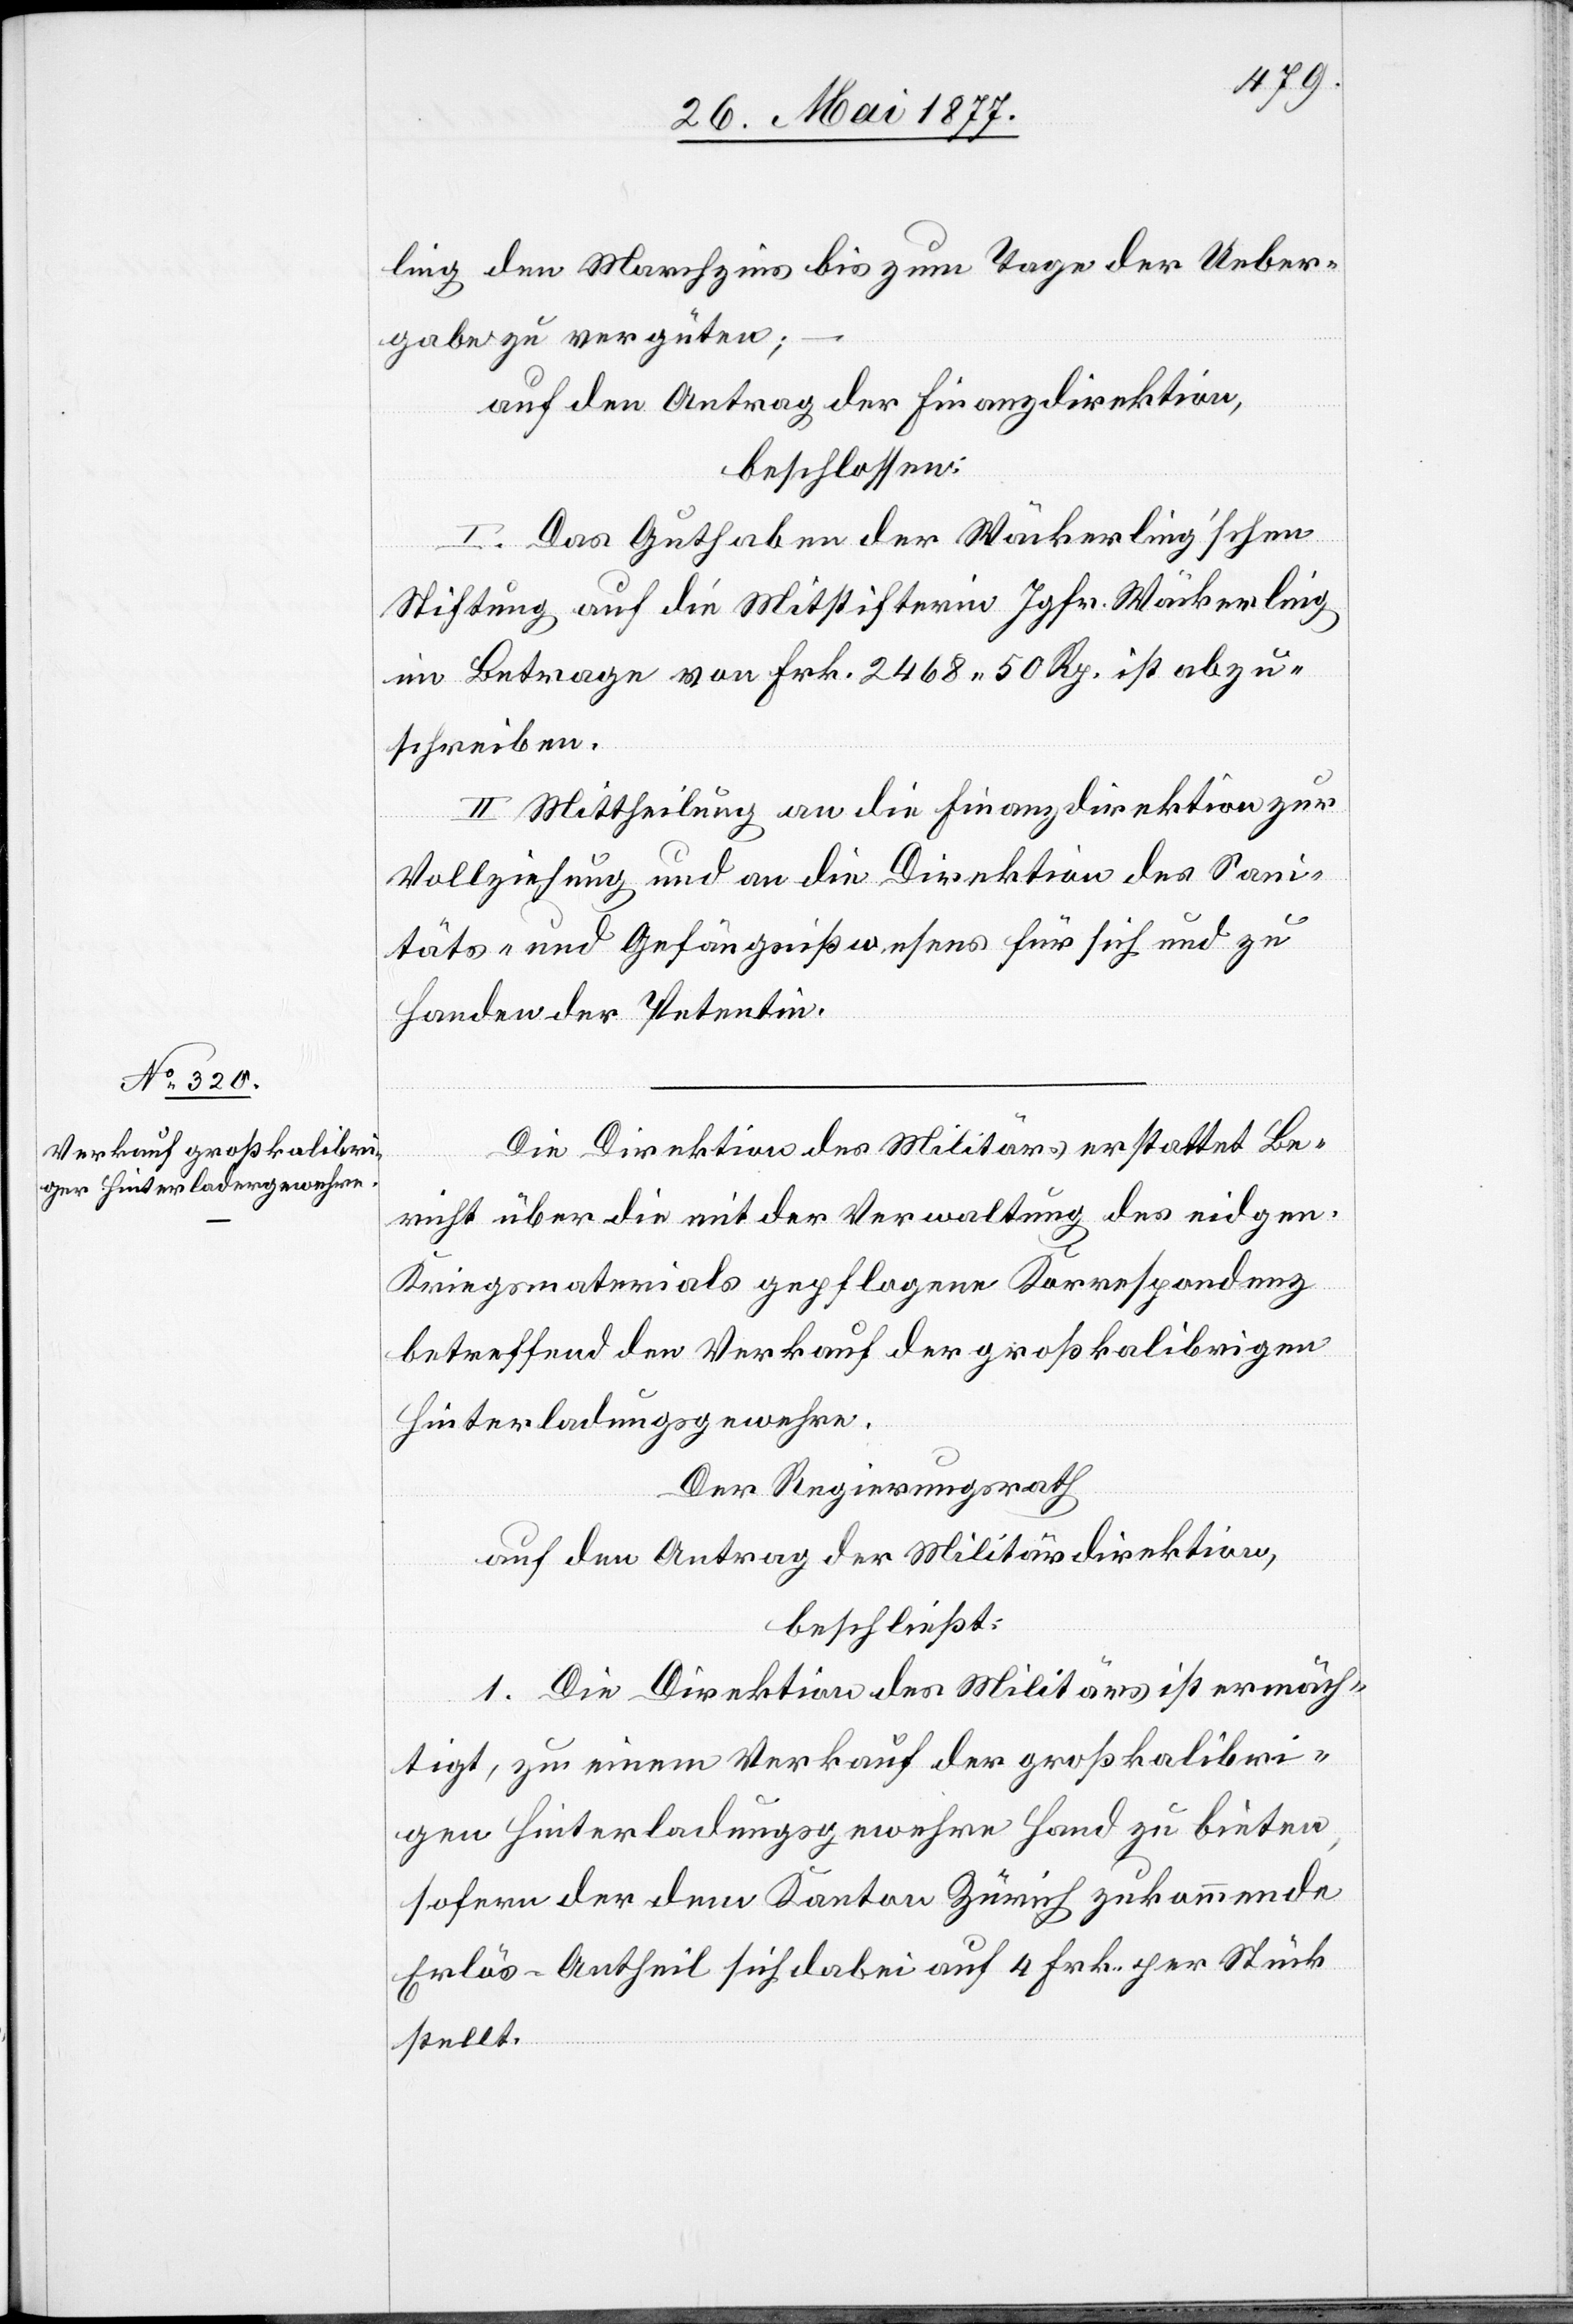
ling den Marchzins bis zum Tage der Ueber¬
gabe zu vergüten;
auf den Antrag der Finanzdirektion,
beschlossen:
I. Das Guthaben der Wäckerling’schen
Stiftung auf die Mitstifterin Jgfr. Wäckerling
im Betrage von Frk. 2468 50 Rp. ist abzu¬
schreiben.
II. Mittheilung an die Finanzdirektion zur
Vollziehung und an die Direktion des Sani¬
täts- und Gefängnißwesens für sich und zu
Handen der Petentin.
Die Direktion des Militärs erstattet Be¬
richt über die mit der Verwaltung des eidgen.
Kriegsmaterials gepflogene Korrespondenz
betreffend den Verkauf der großkalibrigen
Hinterladungsgewehre.
Der Regierungsrath,
auf den Antrag der Militärdirektion,
beschließt:
1. Die Direktion des Militärs ist ermäch¬
tigt, zu einem Verkauf der großkalibri¬
gen Hinterladungsgewehre Hand zu bieten,
sofern der dem Kanton Zürich zukommende
Erlöß-Antheil sich dabei auf 4 Frk. per Stück
stellt.